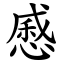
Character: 㥻